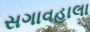
સગાવહાલા